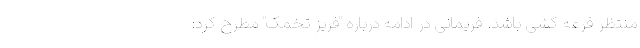
منتظر قرعه کشی باشد. فریمانی در ادامه درباره "فریز تخمک" مطرح کرد: